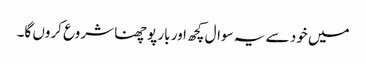
میں خود سے یہ سوال کچھ اور بار پوچھنا شروع کروں گا۔